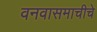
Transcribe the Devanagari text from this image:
वनवासमाचीचे